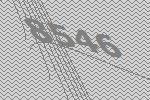
8546